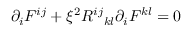
{ \partial } _ { i } F ^ { i j } + { \xi } ^ { 2 } { R ^ { i j } } _ { k l } { \partial } _ { i } F ^ { k l } = 0